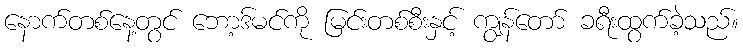
နောက်တစ်နေ့တွင် ဘော့ဒ်မင်ကို မြင်းတစ်စီးနှင့် ကျွန်တော် ခရီးထွက်ခဲ့သည်။